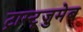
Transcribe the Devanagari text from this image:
ट्रास्टूज़ुमेब